Leaving Certificate Examination, 1915
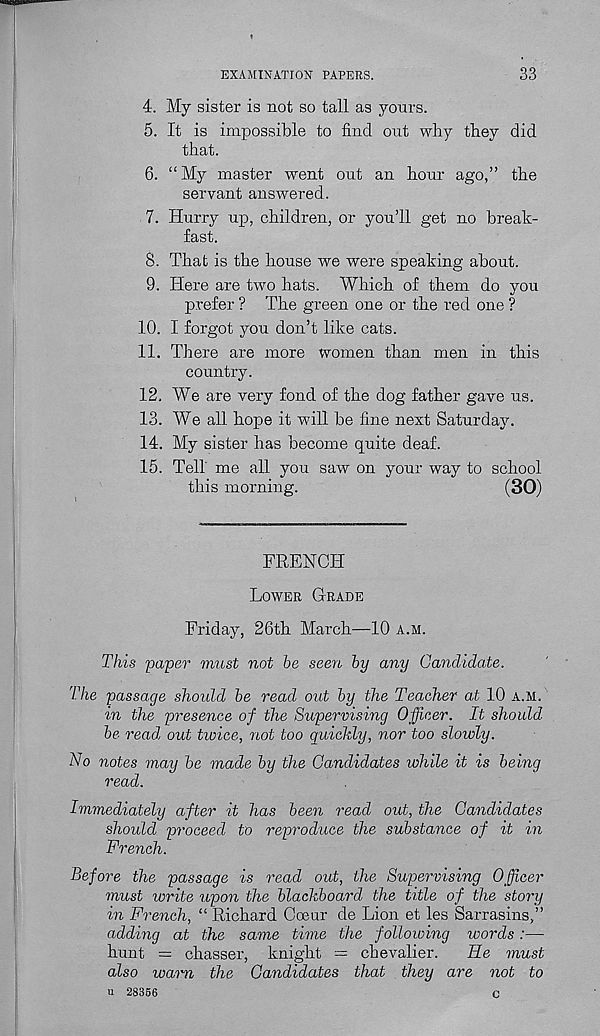
EXAMINATION PAPERS.
33
4. My sister is not so tall as yours.
5. It is impossible to find out why they did
that.
6. “My master went out an hour ago,” the
servant answered.
7. Hurry up, children, or you’ll get no break-
fast.
8. That is the house we were speaking about.
9. Here are two hats. Which of them do you
prefer ? The green one or the red one ?
10. I forgot you don’t like cats.
11. There are more women than men in this
country.
12. We are very fond of the dog father gave us.
13. We all hope it will be fine next Saturday.
14. My sister has become quite deaf.
15. Tell me all you saw on your way to school
this morning.
(30)
FRENCH
Lower Grade
Friday, 26th March—10 a.m.
This paper must not he seen hy any Candidate.
The passage should he read out hy the Teacher at 10 a.m.
in the presence of the Supervising Officer. It should
he read out twice, not too quickly, nor too slowly.
No notes may he made hy the Candidates while it is being
read.
Immediately after it has been read out, the Candidates
should proceed to reproduce the substance of it in
French.
Before the passage is read out, the Supervising Officer
must write upon the blackboard the title of the story
in French, “ Richard Coeur de Lion et les Sarrasins,”
adding at the same time the following words :—
hunt = chasser, knight = chevalier.
He must
also warn the Candidates that they are not to
u 28356
c